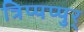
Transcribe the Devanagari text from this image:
त्रिप्पप्पुर्